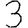
Digit: 3